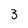
Character: 3